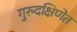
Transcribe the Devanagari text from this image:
गुरुदक्षिणेत